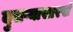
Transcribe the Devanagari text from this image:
दुसऱ्यासारखं